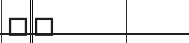
١٩